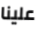
علينا